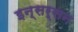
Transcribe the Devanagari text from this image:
इन्सर्सन